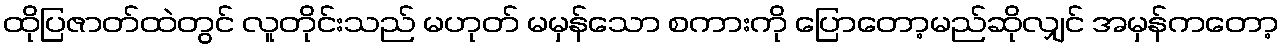
ထိုပြဇာတ်ထဲတွင် လူတိုင်းသည် မဟုတ် မမှန်သော စကားကို ပြောတော့မည်ဆိုလျှင် အမှန်ကတော့